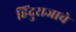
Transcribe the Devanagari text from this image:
हिंदुराजाचे